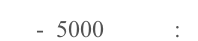
- 5000      :